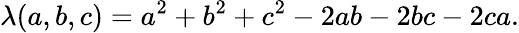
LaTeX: \lambda(a,b,c)=a^{2}+b^{2}+c^{2}-2ab-2bc-2ca.